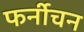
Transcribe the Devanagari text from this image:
फर्नीचन